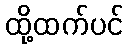
ထို့ထက်ပင်